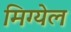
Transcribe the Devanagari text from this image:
मिग्येल